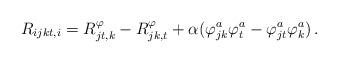
LaTeX: \begin{align*} R_{ijkt,i} = R^\varphi_{jt,k} - R^\varphi_{jk,t} + \alpha(\varphi^a_{jk} \varphi^a_t - \varphi^a_{jt} \varphi^a_k) \, .\end{align*}